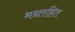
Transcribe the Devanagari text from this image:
मद्यरहित